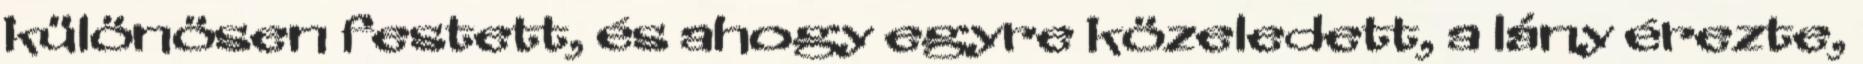
különösen festett, és ahogy egyre közeledett, a lány érezte,